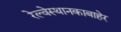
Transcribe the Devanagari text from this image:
रेल्वेस्थानकाबाहेर